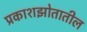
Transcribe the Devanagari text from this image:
प्रकाशझोतातील